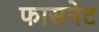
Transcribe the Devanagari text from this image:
फासनेट